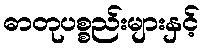
ဓာတုပစ္စည်းများနှင့်